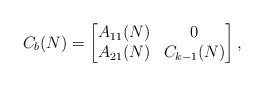
LaTeX: \begin{align*}C_{b}(N)=\begin{bmatrix}A_{11}(N) & 0 \\A_{21}(N) & C_{k-1}(N)\end{bmatrix},\end{align*}